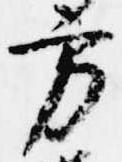
方